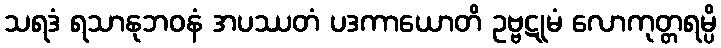
သရဒံ ရသာနုဘဝနံ အပဿတံ ပဒကာယောတိ ဥဗ္ဗဋုမံ လောကုတ္တရမ္ပိ